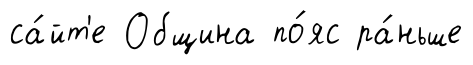
са́йт'е Община по́яс ра́ньше